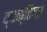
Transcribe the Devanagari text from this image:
व्यक्‍तिगत